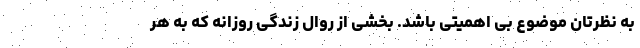
به نظرتان موضوع بی اهمیتی باشد. بخشی از روال زندگی روزانه که به هر